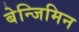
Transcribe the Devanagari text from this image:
बेन्जिमिन